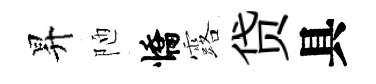
昇陋憍露贷具